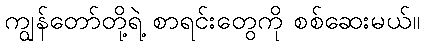
ကျွန်တော်တို့ရဲ့ စာရင်းတွေကို စစ်ဆေးမယ်။